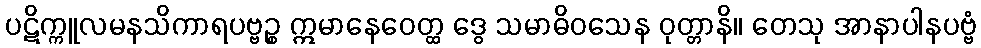
ပဋိက္ကူလမနသိကာရပဗ္ဗဉ္စ ဣမာနေဝေတ္ထ ဒွေ သမာဓိဝသေန ဝုတ္တာနိ။ တေသု အာနာပါနပဗ္ဗံ